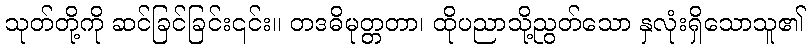
သုတ်တို့ကို ဆင်ခြင်ခြင်း၎င်း။ တဒဓိမုတ္တတာ၊ ထိုပညာသို့ညွတ်သော နှလုံးရှိသောသူ၏